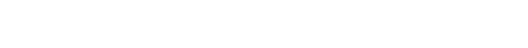
သုံးပါးသောကုနဝတ္တုဖြင့်မလွှားခြင်းလည်းကောင်း။ လပနံ၊